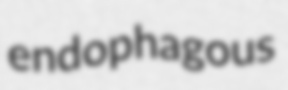
endophagous